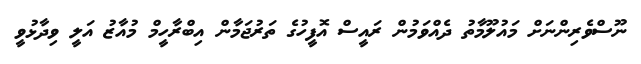
ނޫސްވެރިންނަށް މައުލޫމާތު ދެއްވަމުން ރައީސް އޮފީހުގެ ތަރުޖަމާން އިބްރާހީމް މުއާޒު އަލީ ވިދާޅުވީ